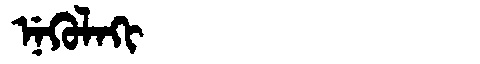
Manchu: ᠨᡝᡴᡠᠯᠠᡴᡳ
Romanization: NEKULAKI